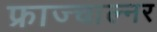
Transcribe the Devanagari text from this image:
फ्राज्चाल्नर